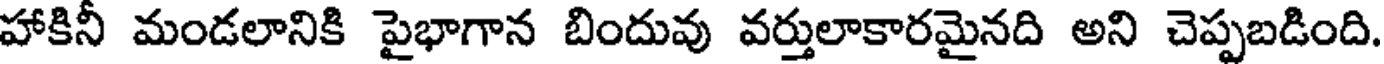
హాకినీ మండలానికి పైభాగాన బిందువు వర్తులాకారమైనది అని చెప్పబడింది